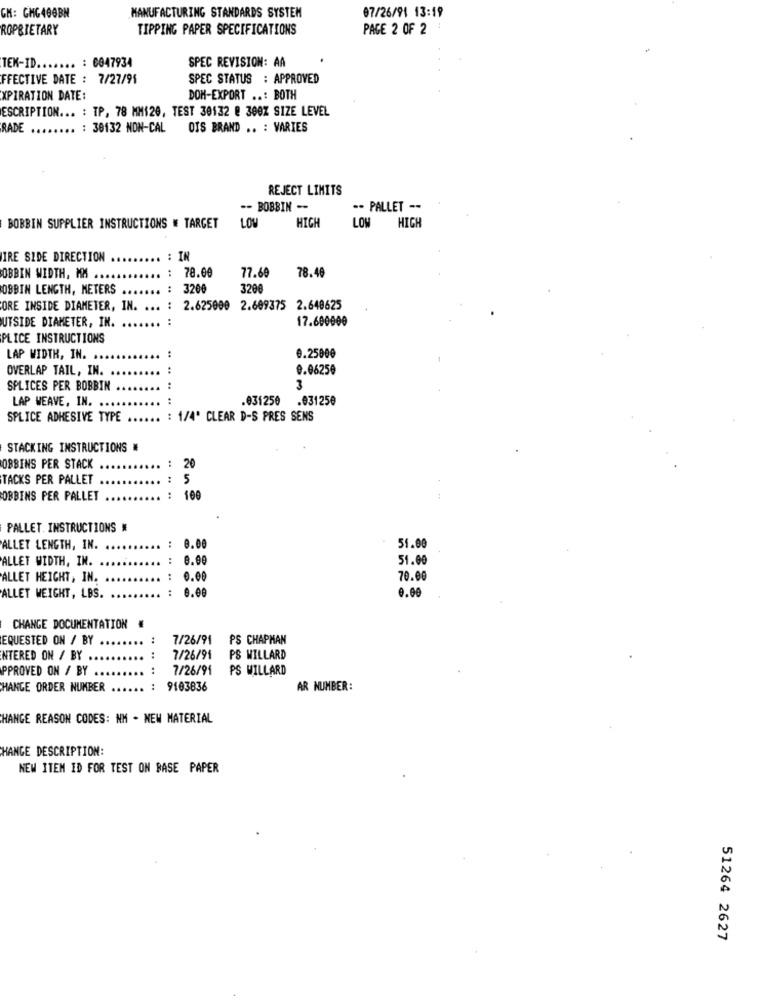
CH: GHG400BN
MANUFACTURING STANDARDS SYSTEM
07/26/91 13:19
ROPRIETARY
TIPPING PAPER SPECIFICATIONS
PAGE 2 OF 2
SPEC REVISION: AA
TEK-ID ....... : 0047934
FFECTIVE DATE : 7/27/91
SPEC STATUS : APPROVED
XPIRATION DATE:
DOM-EXPORT ..: BOTH
ESCRIPTION ... : TP, 78 MM120, TEST 30132 @ 300Z SIZE LEVEL
RADE
.. : 30132 NON-CAL
OIS BRAND .. : VARIES
REJECT LIMITS
-- BOBBIN --
-- PALLET --
LOW
HIGH
BOBBIN SUPPLIER INSTRUCTIONS # TARGET
LOW
HIGH
IRE SIDE DIRECTION
IN
OBBIN WIDTH, MM ..
78.00
77.69
78.49
OBBIN LENGTH, METERS
:
3200
3200
ORE INSIDE DIAMETER, IN. ... : 2.625000 2.609375 2.640625
UTSIDE DIAMETER, IN.
17.600000
PLICE INSTRUCTIONS
LAP WIDTH, IN.
0.25000
OVERLAP TAIL, IN.
0.0625€
SPLICES PER BOBBIN
3
LAP WEAVE, IN.
.031250
.031250
SPLICE ADHESIVE TYPE
: 1/4' CLEAR D-S PRES SENS
STACKING INSTRUCTIONS #
20
OBBINS PER STACK
TACKS PER PALLET
: 5
OBBINS PER PALLET
:100
PALLET. INSTRUCTIONS #
ALLET LENGTH, IN.
..
8.00
51.00
ALLET WIDTH, IN.
:
51.00
ALLET HEIGHT, IN.
..
0.00
70.00
..
0.00
ALLET WEIGHT, LBS.
CHANGE DOCUMENTATION #
EQUESTED ON / BY
...
7/26/91
PS CHAPMAN
INTERED ON / BY
...
:
7/26/91
PS WILLARD
PPROVED ON / BY .
..
..
7/26/91
PS WILLARD
HANGE ORDER NUMBER
9103836
AR NUMBER:
HANGE REASON CODES: NM - NEW MATERIAL
HANGE DESCRIPTION:
NEW ITEM ID FOR TEST ON BASE PAPER
51264 2627